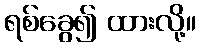
ရစ်ခွေ၍ ထားလို့။